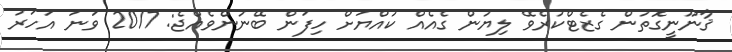
ޤާނޫނީގޮތުން ގެޒެޓްކުރެވޭ ލިޔުން ގެއެއް ކުއްޔަށް ހިފަން ބޭނުންވެއްޖެ: 2017 ވަނަ އަހަރު